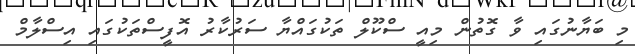
މި ބަޔާނުގައި ވާ ގޮތުން މިއީ ސްކޫލް ތަކުގައްޔާ ސަރުކާރު އޮފީސްތަކުގައި އިސްލާމް